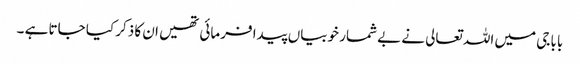
بابا جی میں اللہ تعالی نے بے شمار خوبیاں پیدا فرمائی تھیں ان کا ذکر کیا جاتا ہے ۔